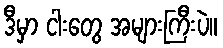
ဒီမှာ ငါးတွေ အများကြီးပဲ။